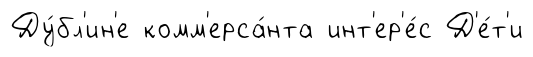
Ду́бл'ин'е комм'ерса́нта инт'ер'е́с Д'е́т'и